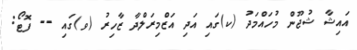
އައިޝާ ޝުޖޫން މުހައްމަދު (ކ)ގައި އަދި އަޒްމިރަލްދާ ޒާހިރު (ވ)ގައި -- ފޮޓޯ: